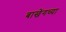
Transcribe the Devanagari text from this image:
बाखेंगच्या